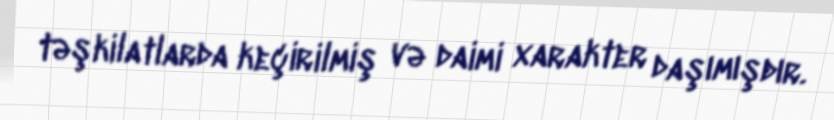
təşkilatlarda keçirilmiş və daimi xarakter daşımışdır.